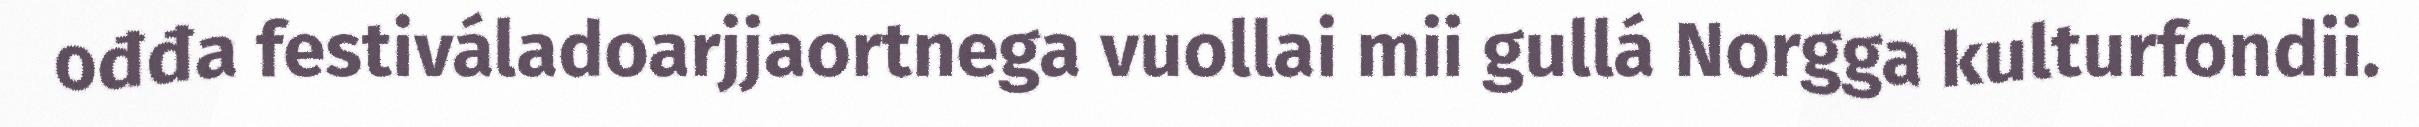
ođđa festiváladoarjjaortnega vuollai mii gullá Norgga kulturfondii.